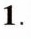
1.